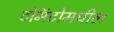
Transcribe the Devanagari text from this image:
टोमॅटोमधील